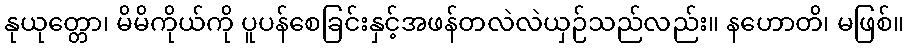
နုယုတ္တော၊ မိမိကိုယ်ကို ပူပန်စေခြင်းနှင့်အဖန်တလဲလဲယှဉ်သည်လည်း။ နဟောတိ၊ မဖြစ်။